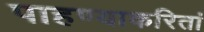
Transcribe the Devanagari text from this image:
पाहण्याकरितां